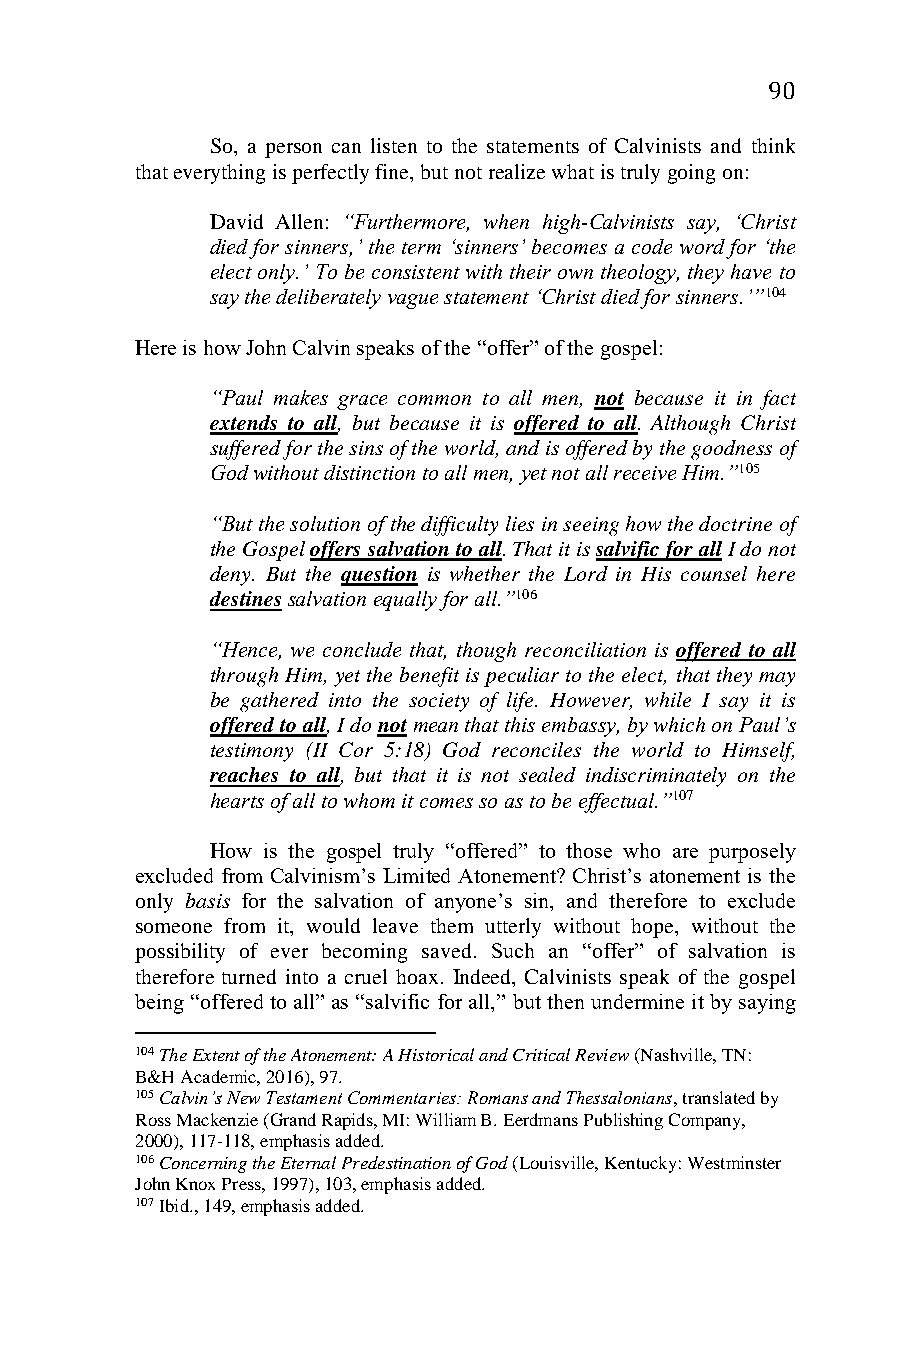
90
 So, a person can listen to the statements of Calvinists and think
 that everything is perfectly fine, but not realize what is truly going on:
 David Allen: “Furthermore, when high-Calvinists say, ‘Christ
 died for sinners,’ the term ‘sinners’ becomes a code word for ‘the
 elect only.’ To be consistent with their own theology, they have to
 say the deliberately vague statement ‘Christ died for sinners.’”104
 Here is how John Calvin speaks of the “offer” of the gospel:
 “Paul makes grace common to all men, not because it in fact
 extends to all, but because it is offered to all. Although Christ
 suffered for the sins of the world, and is offered by the goodness of
 God without distinction to all men, yet not all receive Him.”105
 “But the solution of the difficulty lies in seeing how the doctrine of
 the Gospel offers salvation to all. That it is salvific for all I do not
 deny. But the question is whether the Lord in His counsel here
 destines salvation equally for all.”106
 “Hence, we conclude that, though reconciliation is offered to all
 through Him, yet the benefit is peculiar to the elect, that they may
 be gathered into the society of life. However, while I say it is
 offered to all, I do not mean that this embassy, by which on Paul’s
 testimony (II Cor 5:18) God reconciles the world to Himself,
 reaches to all, but that it is not sealed indiscriminately on the
 hearts of all to whom it comes so as to be effectual.”107
 How is the gospel truly “offered” to those who are purposely
 excluded from Calvinism’s Limited Atonement? Christ’s atonement is the
 only basis for the salvation of anyone’s sin, and therefore to exclude
 someone from it, would leave them utterly without hope, without the
 possibility of ever becoming saved. Such an “offer” of salvation is
 therefore turned into a cruel hoax. Indeed, Calvinists speak of the gospel
 being “offered to all” as “salvific for all,” but then undermine it by saying
 104 The Extent of the Atonement: A Historical and Critical Review (Nashville, TN:
 B&H Academic, 2016), 97.
 105 Calvin’s New Testament Commentaries: Romans and Thessalonians, translated by
 Ross Mackenzie (Grand Rapids, MI: William B. Eerdmans Publishing Company,
 2000), 117-118, emphasis added.
 106 Concerning the Eternal Predestination of God (Louisville, Kentucky: Westminster
 John Knox Press, 1997), 103, emphasis added.
 107 Ibid., 149, emphasis added.